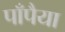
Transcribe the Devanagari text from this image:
पाँपैया